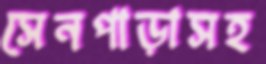
সেনপাড়াসহ